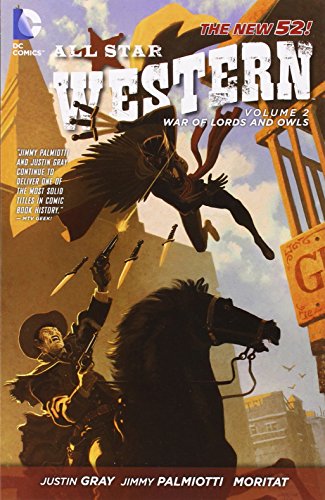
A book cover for All Star Western Vol. 2: The War of Lords and Owls (The New 52); Jimmy Palmiotti; Comics & Graphic Novels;